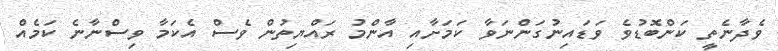
ވެދާނެތީ ކަންބޮޑުވެ ވަޑައިނުގަންނަވާ ކަމަށާއި އާންމު ރައްޔިތުން ވެސް އެކަމާ ވިސްނާނެ ކަމެއް